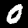
Digit: 0